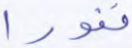
نفورا